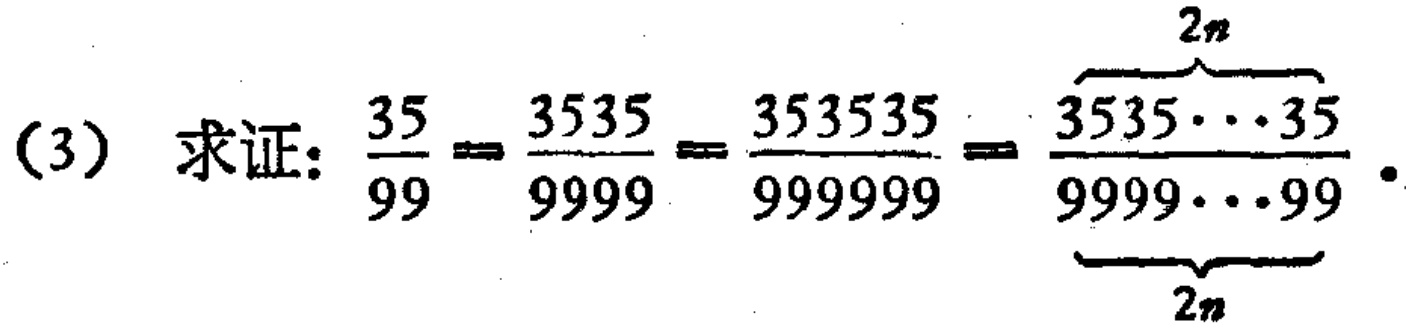
(3) 求证：\(\frac{35}{99}=\frac{3535}{9999}=\frac{353535}{999999}=\frac{\overbrace{3535\cdots35}^{2n}}{\underbrace{9999\cdots99}_{2n}}\)